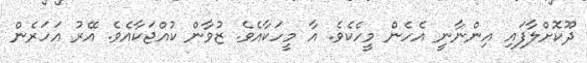
ދޫކޮށްލާފައި އިންނާނީ އެހެން މީހެކެވެ. އާ މީހަކާއެވެ. ޒުވާން ކުއްޖަކާއެވެ. އޭރު އަހަރެން